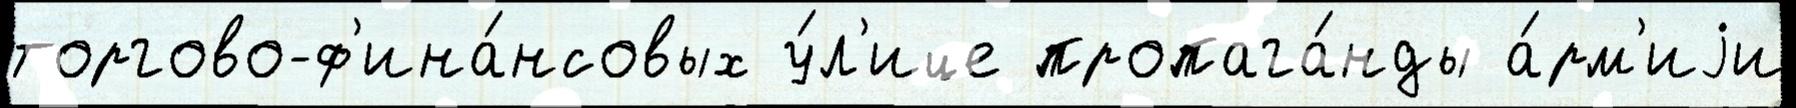
торгово-ф'ина́нсовых у́л'ице пропага́нды а́рм'иjи